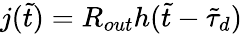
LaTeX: j(\tilde{t})=R_{out}h(\tilde{t}-\tilde{\tau}_{d})